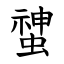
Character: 䗝